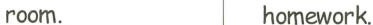
room. homework.